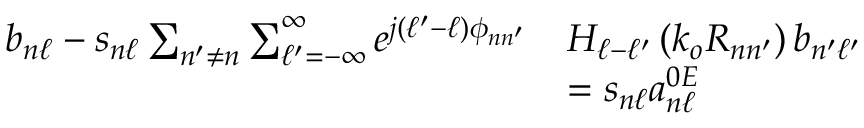
\begin{array} { r l } { b _ { n \ell } - s _ { n \ell } \sum _ { n ^ { \prime } \neq n } \sum _ { \ell ^ { \prime } = - \infty } ^ { \infty } e ^ { j \left( \ell ^ { \prime } - \ell \right) \phi _ { n n ^ { \prime } } } } & { H _ { \ell - \ell ^ { \prime } } \left( k _ { o } R _ { n n ^ { \prime } } \right) b _ { n ^ { \prime } \ell ^ { \prime } } } \\ & { = s _ { n \ell } a _ { n \ell } ^ { 0 E } } \end{array}